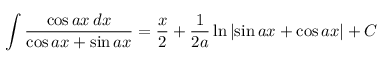
\int { \frac { \cos a x \, d x } { \cos a x + \sin a x } } = { \frac { x } { 2 } } + { \frac { 1 } { 2 a } } \ln \left| \sin a x + \cos a x \right| + C